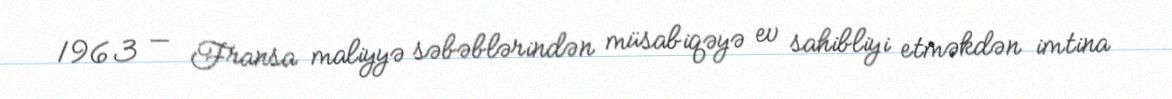
1963 — Fransa maliyyə səbəblərindən müsabiqəyə ev sahibliyi etməkdən imtina